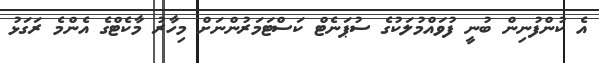
އެ ކުންފުނިން ބުނީ ފުވައްމުލަކުގެ ސުޕަނެޓް ކަސްޓަމަރުންނަށް މިހާރު މާކެޓްގެ އެންމެ ރަގަޅު